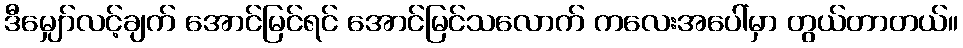
ဒီမျှော်လင့်ချက် အောင်မြင်ရင် အောင်မြင်သလောက် ကလေးအပေါ်မှာ တွယ်တာတယ်။